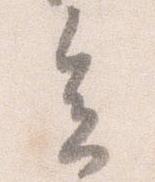
会